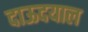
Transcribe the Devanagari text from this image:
दाऊदयाल